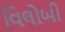
વિલોબી